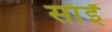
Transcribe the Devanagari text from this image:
साँईं